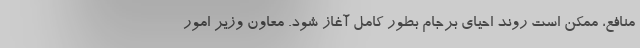
منافع، ممکن است روند احیای برجام بطور کامل آغاز شود. معاون وزیر امور